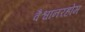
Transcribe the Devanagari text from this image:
वैश्वानरहोम